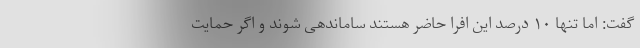
گفت: اما تنها ۱۰ درصد این افرا حاضر هستند ساماندهی شوند و اگر حمایت